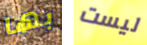
بها ليست